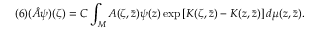
( 6 ) ( \hat { A } \psi ) ( \zeta ) = C \int _ { \cal M } A ( \zeta , \bar { z } ) \psi ( z ) \exp \left[ K ( \zeta , \bar { z } ) - K ( z , \bar { z } ) \right] d \mu ( z , \bar { z } ) .